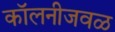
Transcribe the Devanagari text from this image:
कॉलनीजवळ